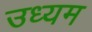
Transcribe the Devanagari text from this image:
उध्यम